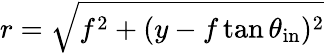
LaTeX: r=\sqrt{f^{2}+(y-f\tan{\theta_{\mathrm{in}}})^{2}}